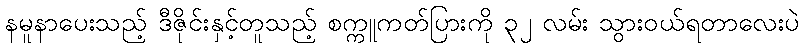
နမူနာပေးသည့် ဒီဇိုင်းနှင့်တူသည့် စက္ကူကတ်ပြားကို ၃၂ လမ်း သွားဝယ်ရတာလေးပဲ